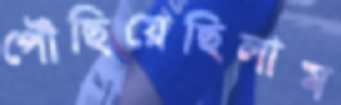
পৌঁছিয়েছিলাম